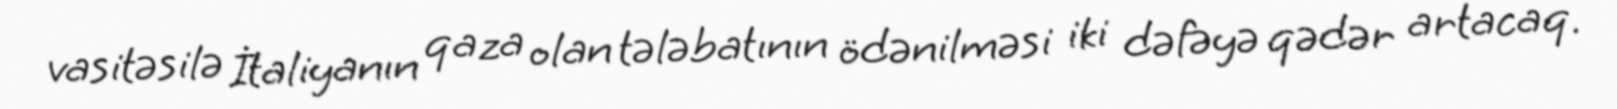
vasitəsilə İtaliyanın qaza olan tələbatının ödənilməsi iki dəfəyə qədər artacaq.